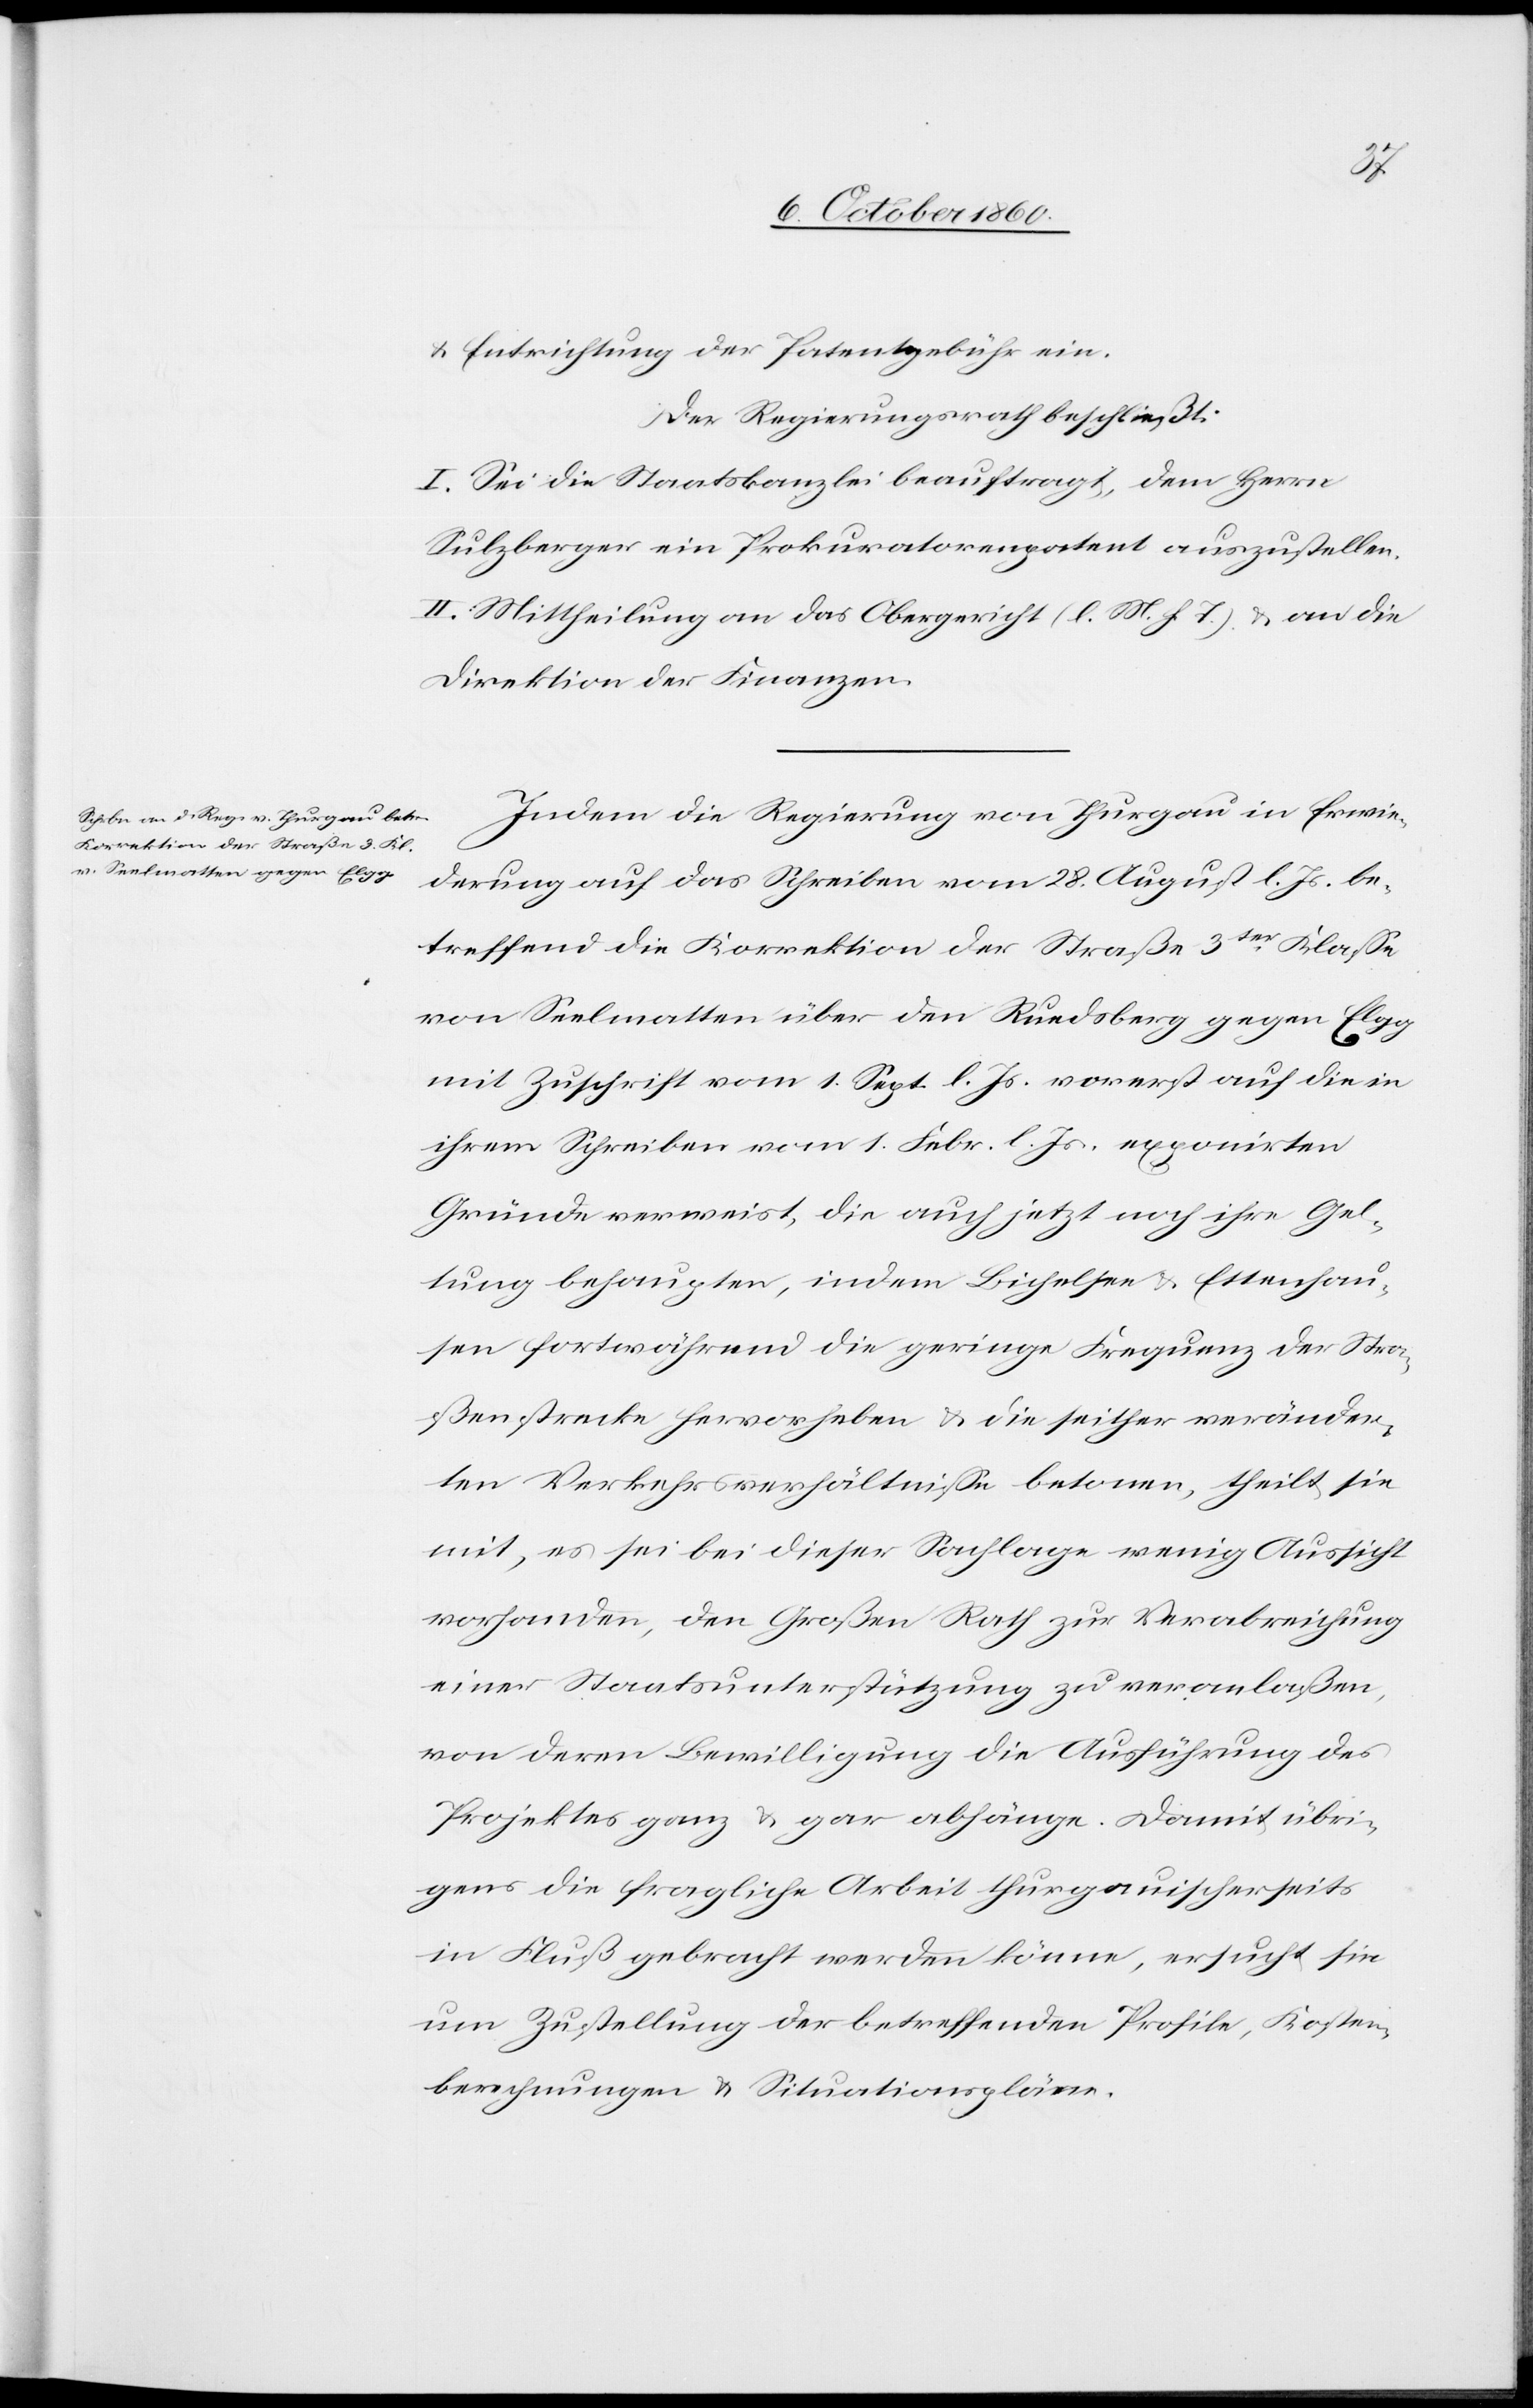
u. Entrichtung der Patentgebühr ein.
Der Regierungsrath beschließt:
I. Sei die Staatskanzlei beauftragt, dem Herrn
Sulzberger ein Prokuratorenpatent auszustellen.
II. Mittheilung an das Obergericht (l. M. h. T.) u. an die
Direktion der Finanzen.
Indem die Regierung von Thurgau in Erwie¬
derung auf das Schreiben vom 28. August l. Js. be¬
treffend die Korrektion der Straße 3ter Klasse
von Seelmatten über den Ruedsberg gegen Elgg
mit Zuschrift vom 1. Sept. l. Js. vorerst auf die in
ihrem Schreiben vom 1. Febr. l. Js. exponirten
Gründe verweist, die auch jetzt noch ihre Gel¬
tung behaupten, indem Bichelsee u. Ettenhau¬
sen fortwährend die geringe Frequenz der Stra¬
ßenstrecke hervorheben u. die seither veränder¬
ten Verkehrsverhältnisse betonen, theilt sie
mit, es sei bei dieser Sachlage wenig Aussicht
vorhanden, den Großen Rath zur Verabreichung
einer Staatsunterstützung zu veranlaßen,
von deren Bewilligung die Ausführung des
Projektes ganz u. gar abhänge. Damit übri¬
gens die fragliche Arbeit thurgauischerseits
in Fluß gebracht werden könne, ersucht sie
um Zustellung der betreffenden Profile, Kosten¬
berechnungen u. Situationspläne.